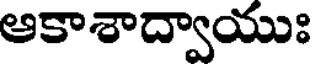
ఆకాశాద్వాయుః